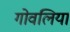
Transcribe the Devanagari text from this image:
गोवलिया